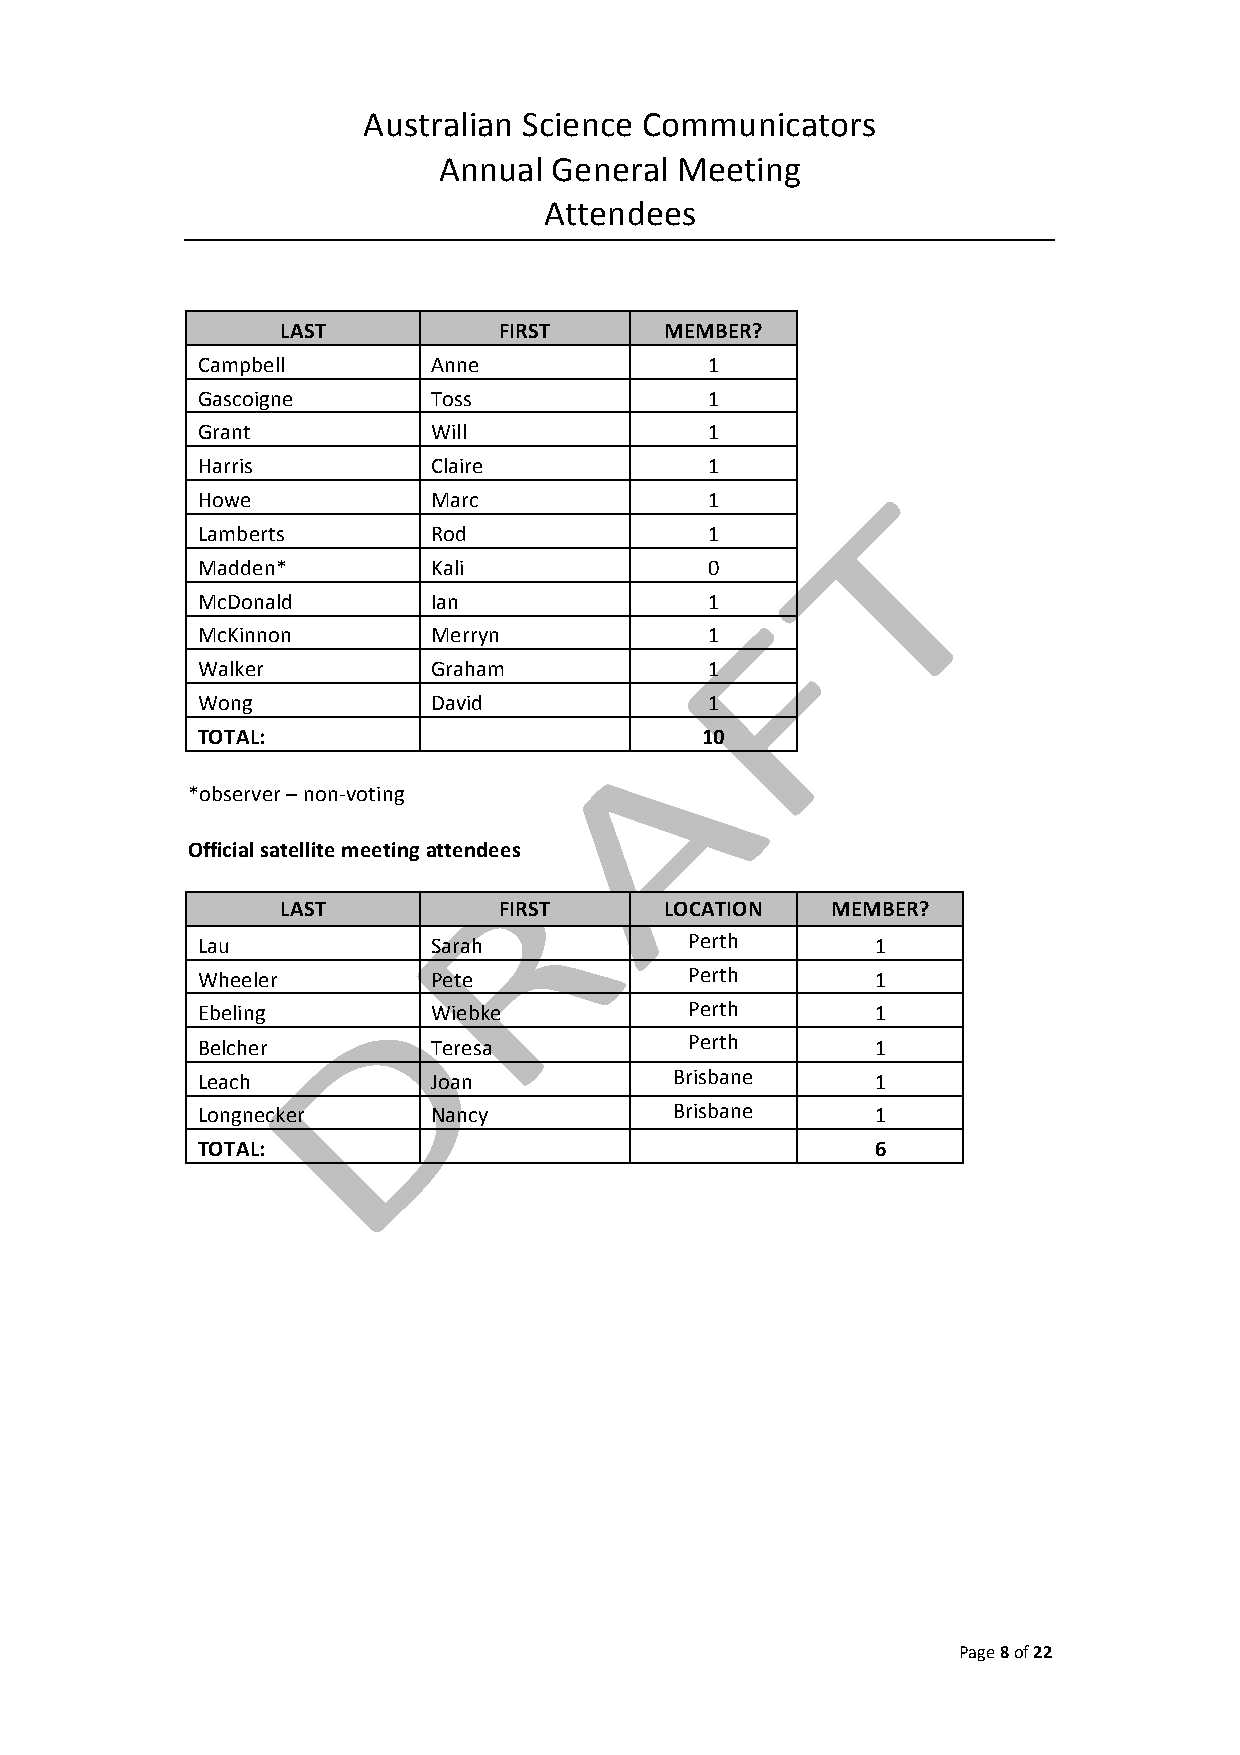
Australian Science Communicators
 Annual General  Meeting
 Attendees
 LAST          FIRST      MEMBER?
 Campbell        Anne              1
 Gascoigne       Toss              1
 Grant           Will              1
 Harris          Claire            1
 Howe            Marc              1
 Lamberts        Rod               1
 Madden*         Kali              0
 McDonald        Ian               1
 McKinnon        Merryn            1
 Walker          Graham            1
 Wong            David             1
 TOTAL:                           10
 *observer – non-­‐voting
 Official satellite meeting attendees
 LAST          FIRST      LOCATION   MEMBER?
 Lau             Sarah            Perth       1
 Wheeler         Pete             Perth       1
 Ebeling         Wiebke           Perth       1
 Belcher         Teresa           Perth       1
 Leach           Joan            Brisbane     1
 Longnecker      Nancy           Brisbane     1
 TOTAL:                                       6
 Page 8 of 22